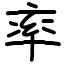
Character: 率